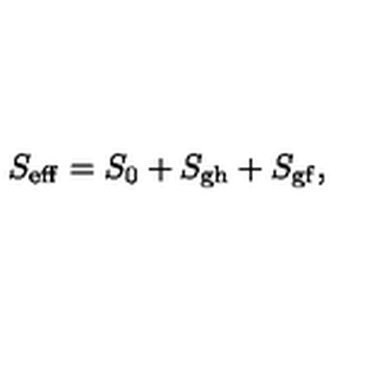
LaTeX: S _ { \mathrm { e f f } } = S _ { 0 } + S _ { \mathrm { g h } } + S _ { \mathrm { g f } } ,